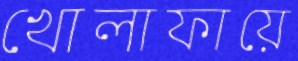
খোলাফায়ে